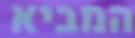
המביא